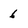
Character: 6